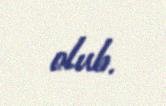
olub.